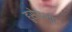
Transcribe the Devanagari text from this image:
हुसेनशाह